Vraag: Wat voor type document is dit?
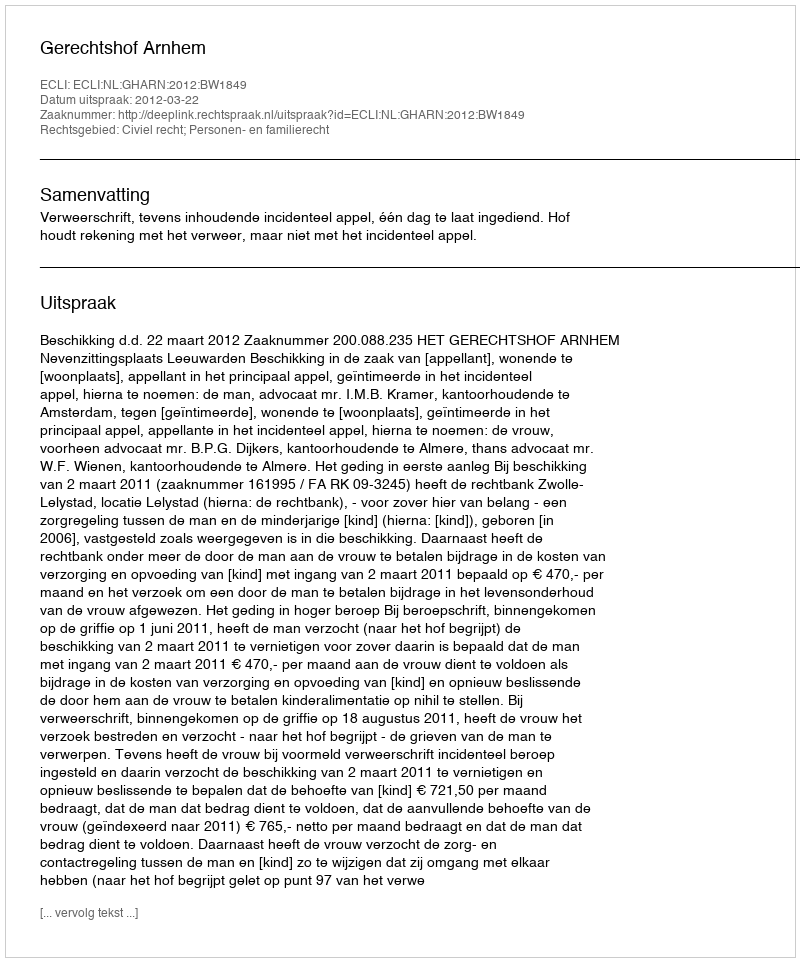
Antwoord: Uitspraak